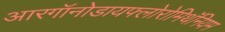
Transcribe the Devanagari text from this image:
आरगॉनोडायफ्लोरोमिथॅनियम